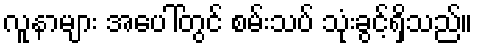
လူနာများ အပေါ်တွင် စမ်းသပ် သုံးခွင့်ရှိသည်။